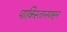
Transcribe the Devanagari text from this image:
पाकिस्तानपासून